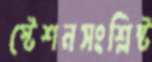
স্টেশনসংশ্লিষ্ট